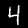
Digit: 4